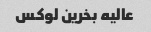
عالیه بخرین لوکس